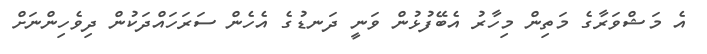
އެ މަޝްވަރާގެ މަތިން މިހާރު އެބޭފުޅުން ވަނީ ދަނޑުގެ އެހެން ސަރަހައްދަކުން ދިވެހިންނަށް